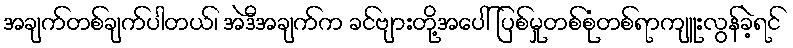
အချက်တစ်ချက်ပါတယ်၊ အဲဒီအချက်က ခင်ဗျားတို့အပေါ် ပြစ်မှုတစ်စုံတစ်ရာကျူးလွန်ခဲ့ရင်